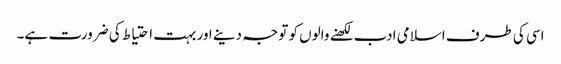
اسی کی طرف اسلامی ادب لکھنے والوں کو توجہ دینے اور بہت احتیاط کی ضرورت ہے۔